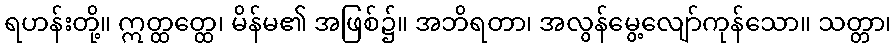
ရဟန်းတို့။ ဣတ္ထတ္ထေ၊ မိန်မ၏ အဖြစ်၌။ အဘိရတာ၊ အလွန်မွေ့လျော်ကုန်သော။ သတ္တာ၊